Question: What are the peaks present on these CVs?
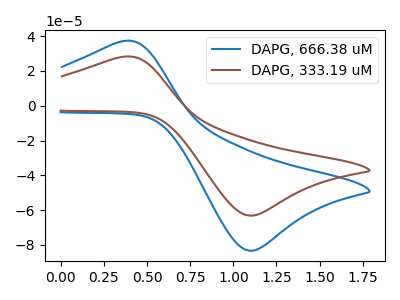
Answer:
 <answer>The blue curve "DAPG, 666.38 uM" has an anodic peak at (0.35V, 37.15uA) and a cathodic peak at (1.10V, -83.35uA). The brown curve "DAPG, 333.19 uM" has an anodic peak at (0.35V, 28.15uA) and a cathodic peak at (1.10V, -63.15uA).</answer>
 <eval></eval>